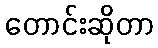
တောင်းဆိုတာ